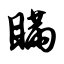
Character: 瞒